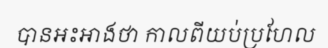
បានអះអាងថា កាលពីយប់ប្រហែល